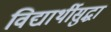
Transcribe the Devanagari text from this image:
विद्यार्थीसुद्धा